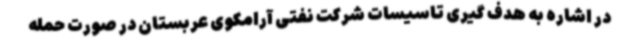
در اشاره به هدف گیری تاسیسات شرکت نفتی آرامکوی عربستان در صورت حمله